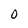
Character: 0